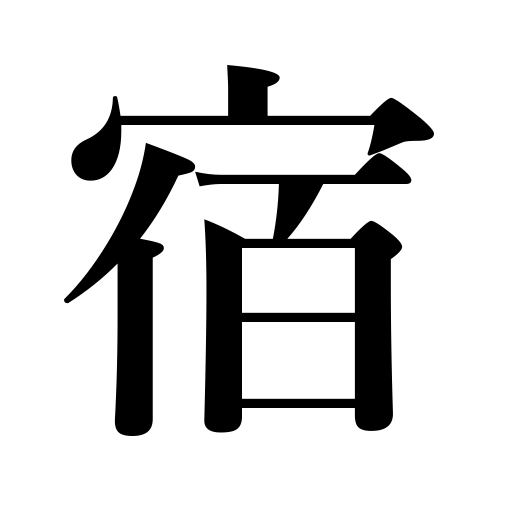
Meanings: roost,dwell,lodging,lodge,be pregnant,post town,house,stage,lodgings,home,dwelling,live in,keep a guest,address,shelter,inn,conceive a child,carry a virus,relay station